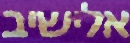
אלישיב